Leaving Certificate Examination, 1927
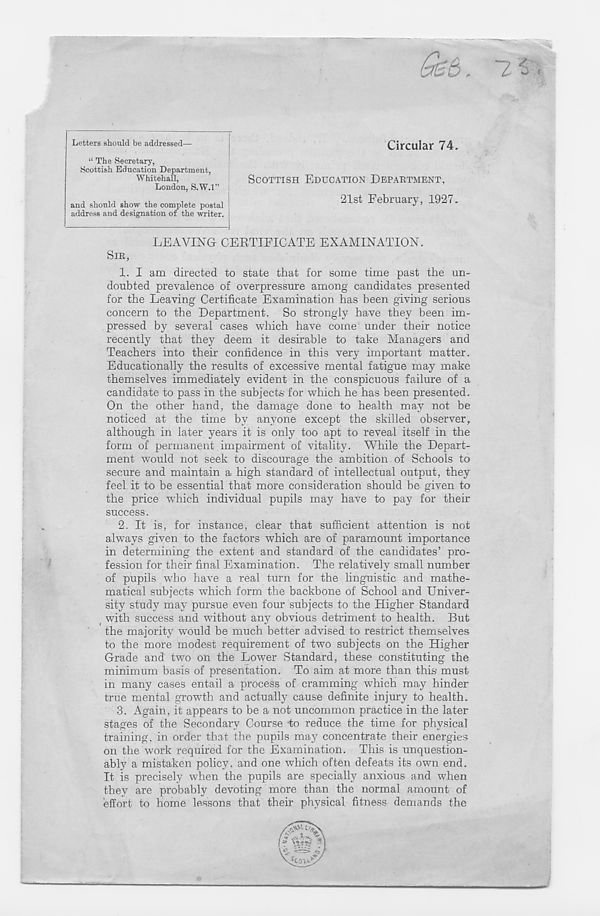
9zb . 7 C :
Letters should be addressed—
Circular 74
-LHC
j
Scottish Education Department,
“ The Secretary,
The Secretary,
Whitehall,
London, S.W.l”
SCOTTISH EDUCATION DEPABTMENT,
21st February, 1927.
and should show the complete postal
address and designation of the writer.
LEAVING CERTIFICATE EXAMINATION.
SIR
1. I am directed to state that for some time past the un-
doubted prevalence of overpressure among candidates presented
for the Leaving Certificate Examination has been giving serious
concern to the Department. So strongly have they been im-
pressed by several cases which have come under their notice
recently that they deem it desirable to take Managers and
Teachers into their confidence in this very important matter.
Educationally the results of excessive mental fatigue may make
themselves immediately evident in the conspicuous failure of a
candidate to pass in the subjecte for which he has been presented.
On the other hand, the damage done to health may not be
noticed at the time by anyone except the skilled observer,
although in later years it is only too apt to reveal itself in the
form of permanent impairment of vitality. While the Depart-
ment would not seek to discourage the ambition of Schools to
secure and maintain a high standard of intellectual output, they
feel it to be essential that more consideration should be given to
the price which individual pupils may have to pay for their
success.
2. It is, for instance, clear that sufficient attention is not
always given to the factors which are of paramount importance
in determining the extent and standard of the candidates’ pro-
fession for their final Examination. The relatively small number
of pupils who have a real turn for the linguistic and mathe-
matical subjects which form the backbone of School and Univer-
sity study may pursue even four subjects to the Higher Standard
with success and without any obvious detriment to health. But
the majority would be much better advised to restrict themselves
to the more modest requirement of two subjects on the Higher
Grade and two on the Lower Standard, these constituting the
minimum basis of presentation. To aim at more than this must
in many cases entail a process of cramming which may hinder
true mental growth and actually cause definite injury to health.
3. Again, it appears to be a not uncommon practice in the later
stages of the Secondary Course lo reduce the time for physical
training, in order that the pupils may concentrate their energies
on the work required for the Examination. This is unquestion-
ably a mistaken policy, and one which often defeats its own end.
It is precisely when the pupils are specially anxious and when
they are probably devoting more than the normal amount of
effort to home lessons that their physical fitness demands the